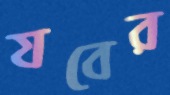
যবের